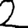
Digit: 2